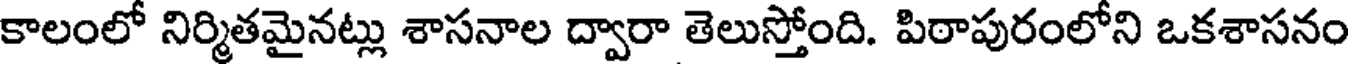
కాలంలో నిర్మితమైనట్లు శాసనాల ద్వారా తెలుస్తోంది. పిఠాపురంలోని ఒకశాసనం